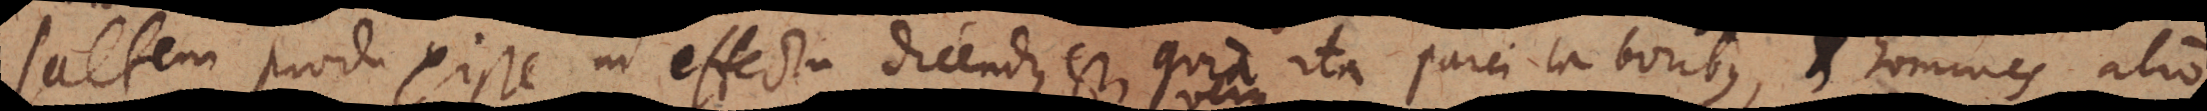
saltem produxisse in effectu dicendus est, quia ita parci laboribus, et homines alio